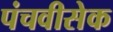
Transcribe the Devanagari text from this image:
पंचवीसेक